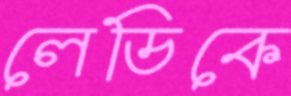
লেডিকে